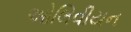
ઓલિવીયન